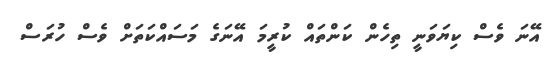
އޭނަ ވެސް ކިޔަވަނީ ތިހެން ކަންތައް ކުރީމަ އޭނަގެ މަސައްކަތަށް ވެސް ހުރަސް